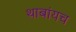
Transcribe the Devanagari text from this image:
थाबांयच